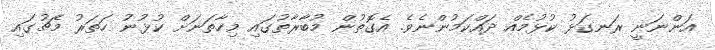
އަންނަނީ ރަނގަޅު ކުޅުމެއް ދައްކަމުންނެވެ. އެގޮތުން މުބާރާތުގައި މިހާތަނަށް ކުޅުނު ހަތަރު މެޗުގައި